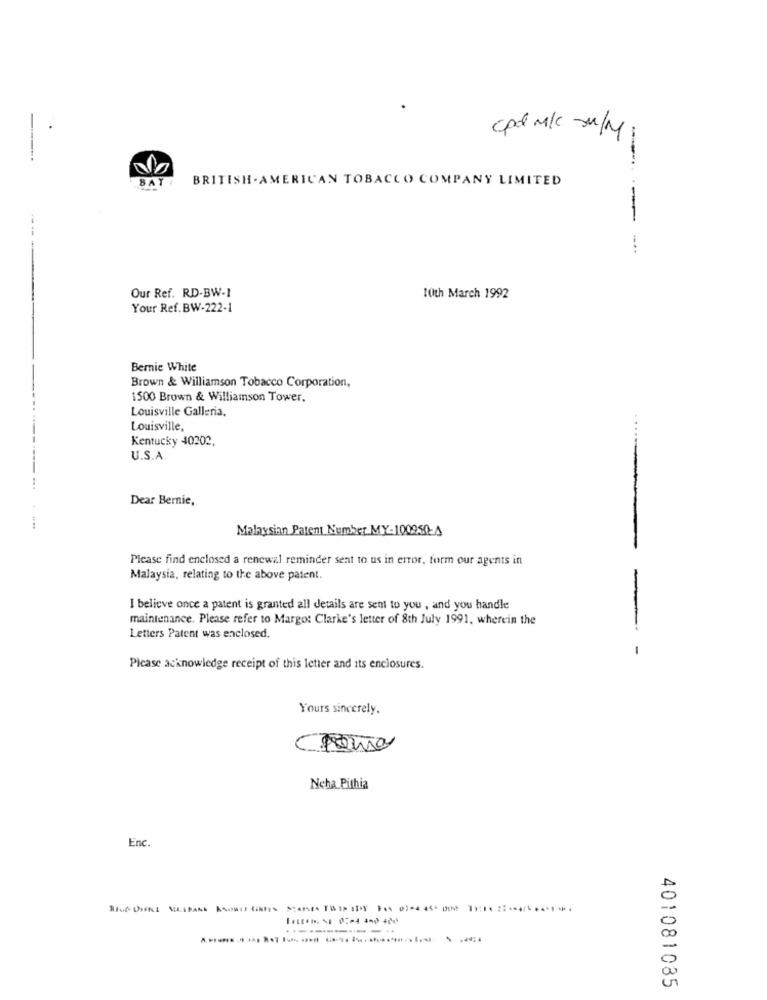
cpd M/ -/Mj
BAT!
BRITISH . AMERICAN TOBACCO COMPANY LIMITED
-
Our Ref. RD-BW-1
10th March 1992
Your Ref. BW-222-1
Bernie White
Brown & Williamson Tobacco Corporation,
1500 Brown & Williamson Tower.
Louisville Galleria.
Louisville,
....
Kentucky 40202.
U.S.A.
Dear Bernie,
Malaysian Patent Number MY-100959-4
Please find enclosed a renewal reminder sent to us in error, form our agents in
Malaysia, relating to the above patent.
I believe once a patent is granted all details are sent to you , and you handle
maintenance. Please refer to Margot Clarke's letter of 8th July 1991, wherein the
Letters Patent was enclosed.
- -
Please acknowledge receipt of this letter and its enclosures.
Yours sincerely.
Ncha Pithia
Enc.
401081085